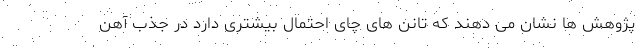
پژوهش ها نشان می دهند که تانن های چای احتمال بیشتری دارد در جذب آهن